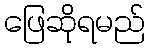
ဖြေဆိုရမည်